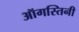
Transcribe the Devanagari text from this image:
ऑगस्तिनी